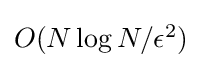
\textstyle O(N\log N/\epsilon ^{2})